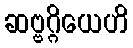
ဆဗ္ဗဂ္ဂိယေဟိ